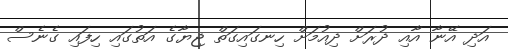
އަދި އޭނާ އާއި ދުރަށް ދިއުމަށް ހިނގައިގަތް ޖިޔާގެ އަތުގައި ހިފައި ގެނެސް